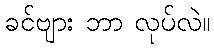
ခင်ဗျား ဘာ လုပ်လဲ။